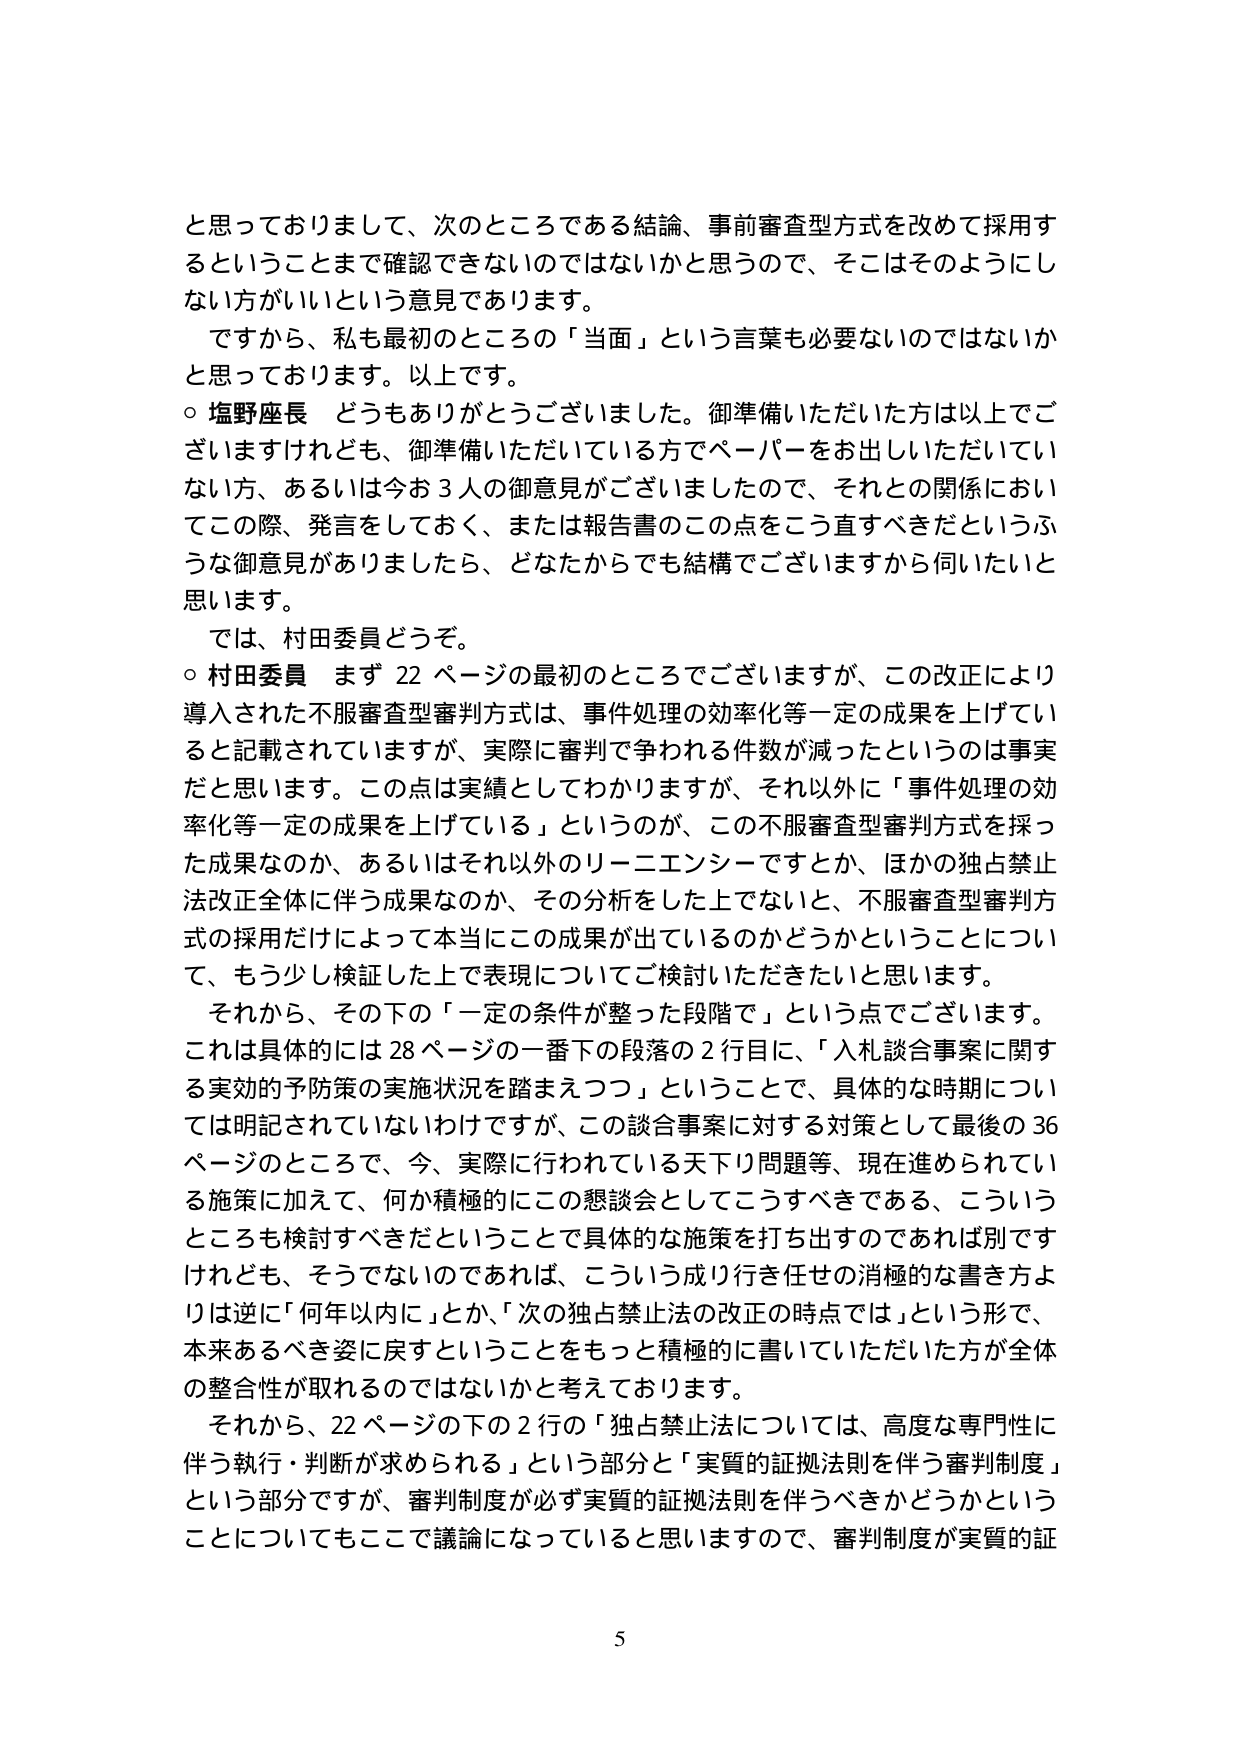
と思っておりまして、次のところである結論、事前審査型方式を改めて採用するということまで確認できないのではないかと思うので、そこはそのようにしない方がいいという意見であります。

ですから、私も最初のところの「当面」という言葉も必要ないのではないかと思っております。以上です。

○ 塩野座長 どうもありがとうございました。御準備いただいた方は以上でございますけれども、御準備いただいている方でペーパーをお出しいただいていない方、あるいは今お3人の御意見がございましたので、それとの関係においてこの際、発言をしておく、または報告書のこの点をこう直すべきだというふうな御意見がありましたら、どなたからでも結構でございますから伺いたいと思います。

では、村田委員どうぞ。

○ 村田委員 まず22ページの最初のところでございますが、この改正により導入された不服審査型審判方式は、事件処理の効率化等一定の成果を上げていると記載されていますが、実際に審判で争われる件数が減ったというのは事実だと思います。この点は実績としてわかりますが、それ以外に「事件処理の効率化等一定の成果を上げている」というのが、この不服審査型審判方式を採った成果なのか、あるいはそれ以外のリーニエンシーですとか、ほかの独占禁止法改正全体に伴う成果なのか、その分析をした上でないと、不服審査型審判方式の採用だけによって本当にこの成果が出ているのかどうかということについて、もう少し検証した上で表現についてご検討いただきたいと思います。

それから、その下の「一定の条件が整った段階で」という点でございます。これは具体的には28ページの一番下の段落の2行目に、「入札談合事案に関する実効的予防策の実施状況を踏まえつつ」ということで、具体的な時期については明記されていないわけですが、この談合事案に対する対策として最後の36ページのところで、今、実際に行われている天下り問題等、現在進められている施策に加えて、何か積極的にこの懇談会としてこうすべきである、こういうところも検討すべきだということで具体的な施策を打ち出すのであれば別ですけれども、そうでないのであれば、こういう成り行き任せの消極的な書き方よりは逆に「何年以内に」とか、「次の独占禁止法の改正の時点では」という形で、本来あるべき姿に戻すということをもっと積極的に書いていただいた方が全体の整合性が取れるのではないかと考えております。

それから、22ページの下の2行の「独占禁止法については、高度な専門性に伴う執行・判断が求められる」という部分と「実質的証拠法則を伴う審判制度」という部分ですが、審判制度が必ず実質的証拠法則を伴うべきかどうかということについてもここで議論になっていると思いますので、審判制度が実質的証

5